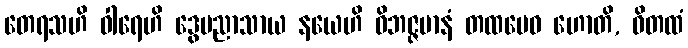
တေရသဟိ ဝါရေဟိ ဒွေပညာသာယ နယေဟိ ဝိဘဇ္ဇမာနံ တထမေဝ ဟောတိ, ဝိတထံ